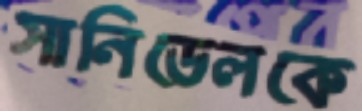
সানিডেলকে